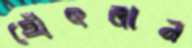
থেঁৎলান